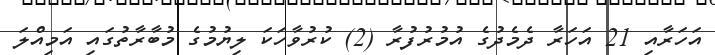
އަހަރާއި 21 އަހަރާ ދެމެދުގެ އުމުރުފުރާ (2) ކުރުވާހަކަ ލިޔުމުގެ މުބާރާތުގައި އަމިއްލަ